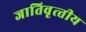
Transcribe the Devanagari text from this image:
जातिवृत्‍तीय